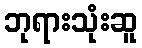
ဘုရားသုံးဆူ